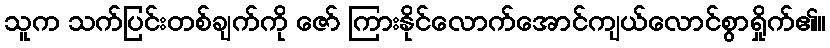
သူက သက်ပြင်းတစ်ချက်ကို ဇော် ကြားနိုင်လောက်အောင်ကျယ်လောင်စွာရှိုက်၏။